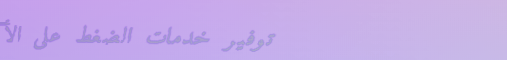
توفير خدمات الضغط على الأ